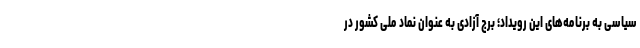
سیاسی به برنامه‌های این رویداد؛ برج آزادی به عنوان نماد ملی کشور در